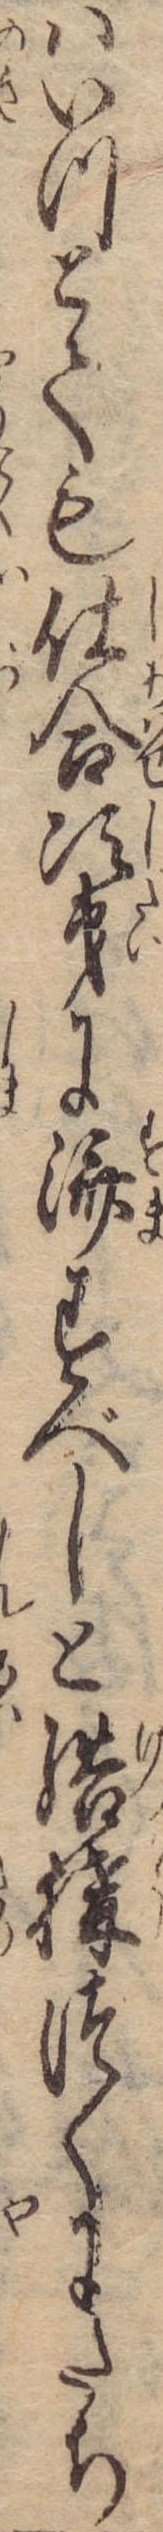
はいつとても仕合次第に済すべしと結構づくにたち